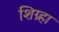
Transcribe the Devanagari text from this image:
शिग्र्हा